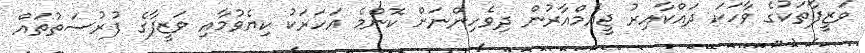
ވަޒީފާތަކުގެ ވާހަކަ ދައްކާއިރު ޖީއެމްއާރުން ދިވެހިންނަށް ކޮންމެ އަހަރަކު ކިޔެވުމާއި ވަޒީފާގެ ފުރުސަތުތައް